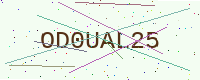
Text: OD0UAL25